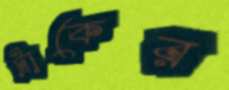
ট্রাকের